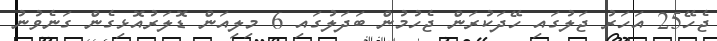
ޖެހޭ25 އަހަރު ޖަލުގައި ހޭދަކުރަން ޖެހުމުން ބަދަލުގައި 6 މިލިއަން ޑޮލަރުއޮޅިގެން ގަނެވުނު